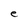
Character: e